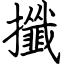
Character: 攕